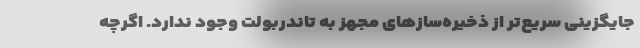
جایگزینی سریع‌تر از ذخیره‌سازهای مجهز به تاندربولت وجود ندارد. اگرچه